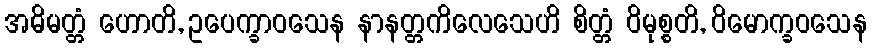
အဓိမတ္တံ ဟောတိ, ဥပေက္ခာဝသေန နာနတ္တကိလေသေဟိ စိတ္တံ ဝိမုစ္စတိ, ဝိမောက္ခဝသေန